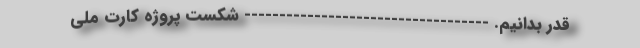
قدر بدانیم. ----------------------------------- شکست پروژه کارت‌ ملی